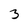
Character: 3